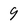
Character: 9